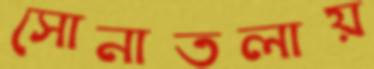
সোনাতলায়